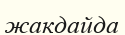
жакдайда